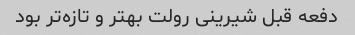
دفعه قبل شیرینی رولت بهتر و تازه‌تر بود